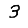
Digit: 3